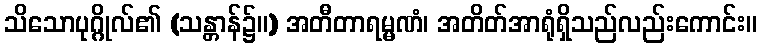
သိသောပုဂ္ဂိုလ်၏ (သန္တာန်၌။) အတီတာရမ္မဏံ၊ အတိတ်အာရုံရှိသည်လည်းကောင်း။